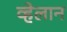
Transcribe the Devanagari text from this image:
व्हेलान